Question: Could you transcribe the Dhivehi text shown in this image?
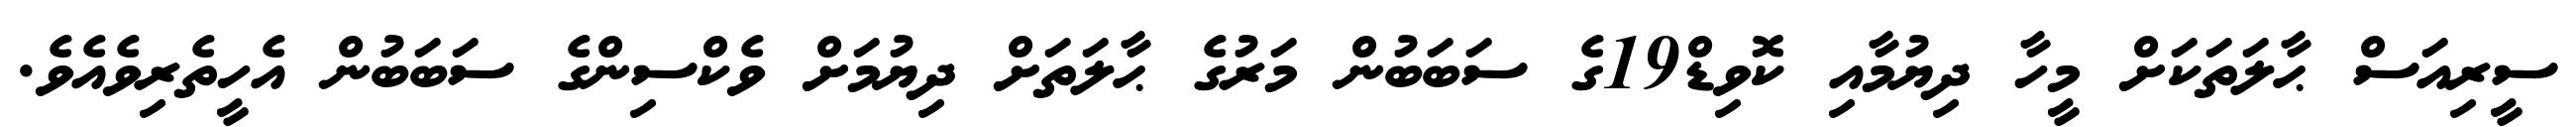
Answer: ސީރިއަސް ޙާލަތަކަށް މީހާ ދިޔުމާއި ކޮވިޑް19ގެ ސަބަބުން މަރުގެ ޙާލަތަށް ދިޔުމަށް ވެކްސިންގެ ސަބަބުން އެހީތެރިވެއެވެ.